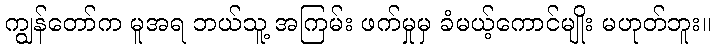
ကျွန်တော်က မူအရ ဘယ်သူ့ အကြမ်း ဖက်မှုမှ ခံမယ့်ကောင်မျိုး မဟုတ်ဘူး။